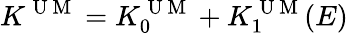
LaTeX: K^{\mathrm{~U~M~}}=K_{0}^{\mathrm{~U~M~}}+K_{1}^{\mathrm{~U~M~}}(E)